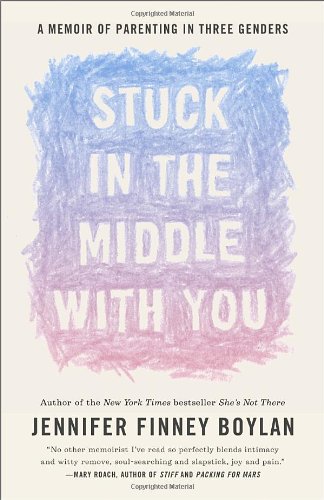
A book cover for Stuck in the Middle with You: A Memoir of Parenting in Three Genders; Jennifer Finney Boylan; Gay & Lesbian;